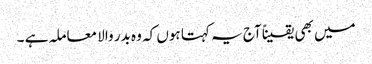
میں بھی یقیناً آج یہ کہتا ہوں کہ وہ بدر والا معاملہ ہے ۔